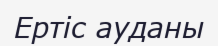
Ертіс ауданы